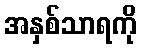
အနှစ်သာရကို